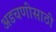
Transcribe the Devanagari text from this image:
अडचणीसाठी